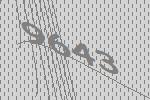
9643